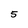
Character: 5